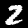
Label: 2